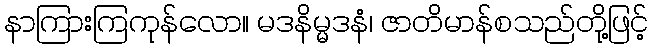
နာကြားကြကုန်လော။ မဒနိမ္မဒနံ၊ ဇာတိမာန်စသည်တို့ဖြင့်